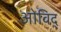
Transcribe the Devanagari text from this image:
ओविद्